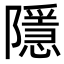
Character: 隱